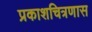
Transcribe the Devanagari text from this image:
प्रकाशचित्रणास